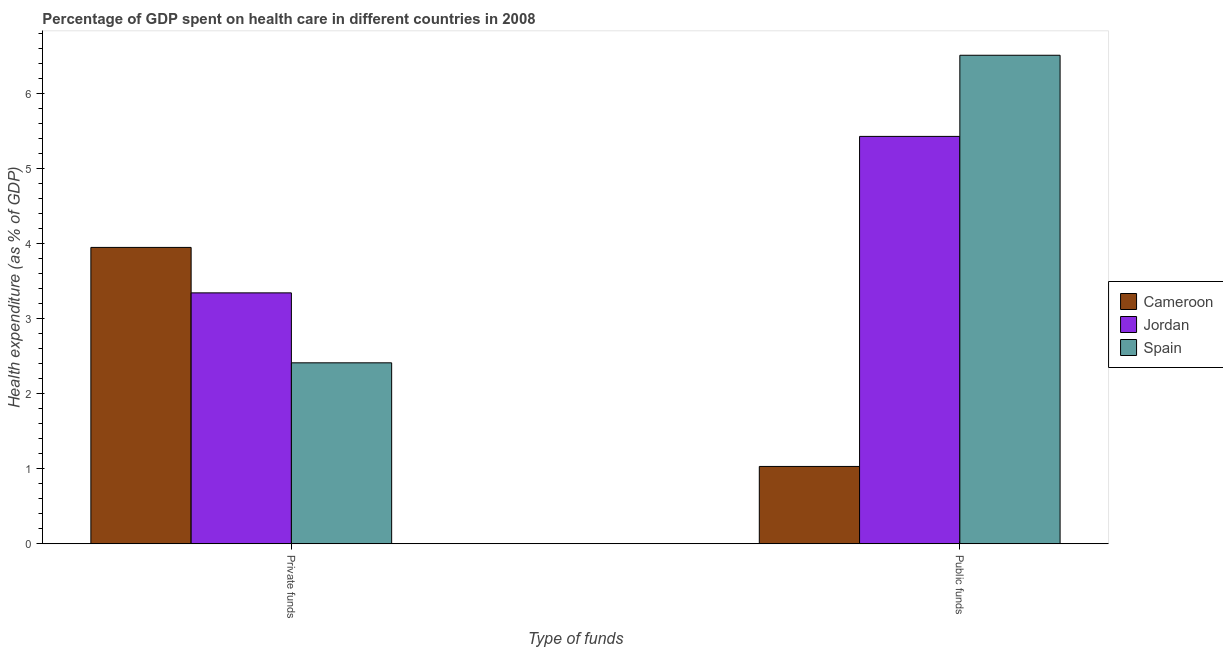
| Type of funds | Cameroon | Jordan | Spain |
 | --- | --- | --- | --- |
 | Private funds | 3.95 | 3.35 | 2.41 |
 | Public funds | 1.03 | 5.43 | 6.51 |